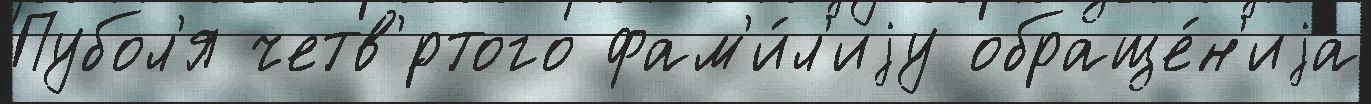
Пубол'я четв'́ртого фам'и́л'иjу обраще́н'иjа